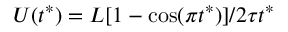
U ( t ^ { * } ) = L [ 1 - \cos ( \pi t ^ { * } ) ] / 2 \tau t ^ { * }